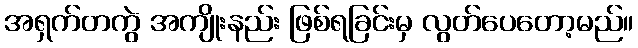
အရှက်တကွဲ အကျိုးနည်း ဖြစ်ရခြင်းမှ လွတ်ပေတော့မည်။